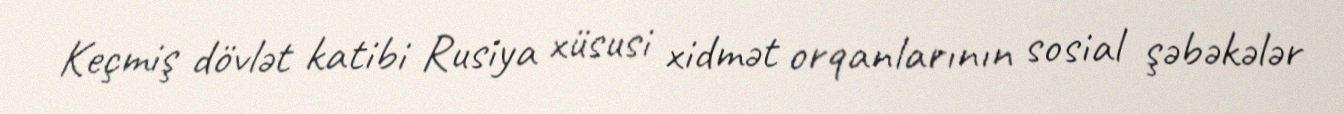
Keçmiş dövlət katibi Rusiya xüsusi xidmət orqanlarının sosial şəbəkələr